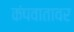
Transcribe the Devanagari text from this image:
कंपवातावर